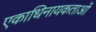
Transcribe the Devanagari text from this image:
एकाधिनायकताओं